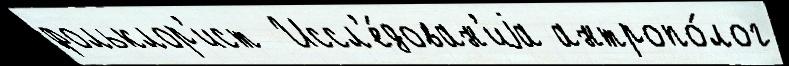
фольклор'ист  Иссл'е́дован'иjа антропо́лог